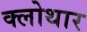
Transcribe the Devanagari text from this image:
क्लोथार